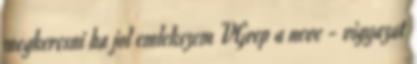
megkeresni ha jol emlekszem VGrep a neve - vigyazat